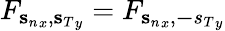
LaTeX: F_{{\mathbf s_{n}}_{x},{\mathbf s_{T}}_{y}}=F_{{\mathbf s_{n}}_{x},{\mathbf-s_{T}}_{y}}